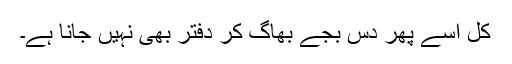
کل اسے پھر دس بجے بھاگ کر دفتر بھی نہیں جانا ہے۔